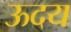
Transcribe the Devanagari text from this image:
ऊदय